Leaving Certificate Examination (including Day School Certificate (Higher) General paper), 1933
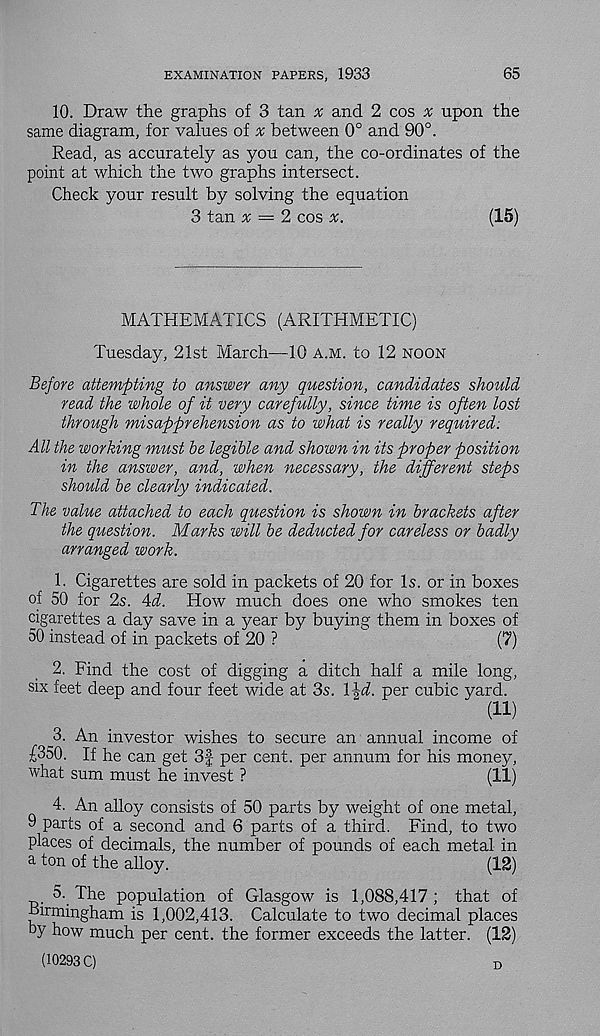
EXAMINATION PAPERS, 1933
65
10. Draw the graphs of 3 tan # and 2 cos # upon the
same diagram, for values of x between 0° and 90°.
Read, as accurately as you can, the co-ordinates of the
point at which the two graphs intersect.
Check your result by solving the equation
3 tan x — 2 cos s;.
(15)
MATHEMATICS (ARITHMETIC)
Tuesday, 21st March—10 a.m. to 12 noon
Before attempting to answer any question, candidates should
read the whole of it very carefully, since time is often lost
through misapprehension as to what is really required:
All the working must be legible and shown in its proper position
in the answer, and, when necessary, the different steps
should be clearly indicated.
The value attached to each question is shown in brackets after
the question. Marks will be deducted for careless or badly
arranged work.
1. Cigarettes are sold in packets of 20 for Is. or in boxes
of 50 for 2s. 4i. How much does one who smokes ten
cigarettes a day save in a year by buying them in boxes of
50 instead of in packets of 20 ?
(7)
2. Find the cost of digging a ditch half a mile long,
six feet deep and four feet wide at 3s. \\d. per cubic yard.
(11)
_3. An investor wishes to secure an annual income of
£350. If he can get 3f per cent, per annum for his money,
what sum must he invest ?
(11)
4. An alloy consists of 50 parts by weight of one metal,
9 parts of a second and 6 parts of a third. Find, to two
places of decimals, the number of pounds of each metal in
a ton of the alloy.
(12)
5.. The population of Glasgow is 1,088,417; that of
birmingham is 1,002,413. Calculate to two decimal places
by how much per cent, the former exceeds the latter. (12)
(10293 C)
D